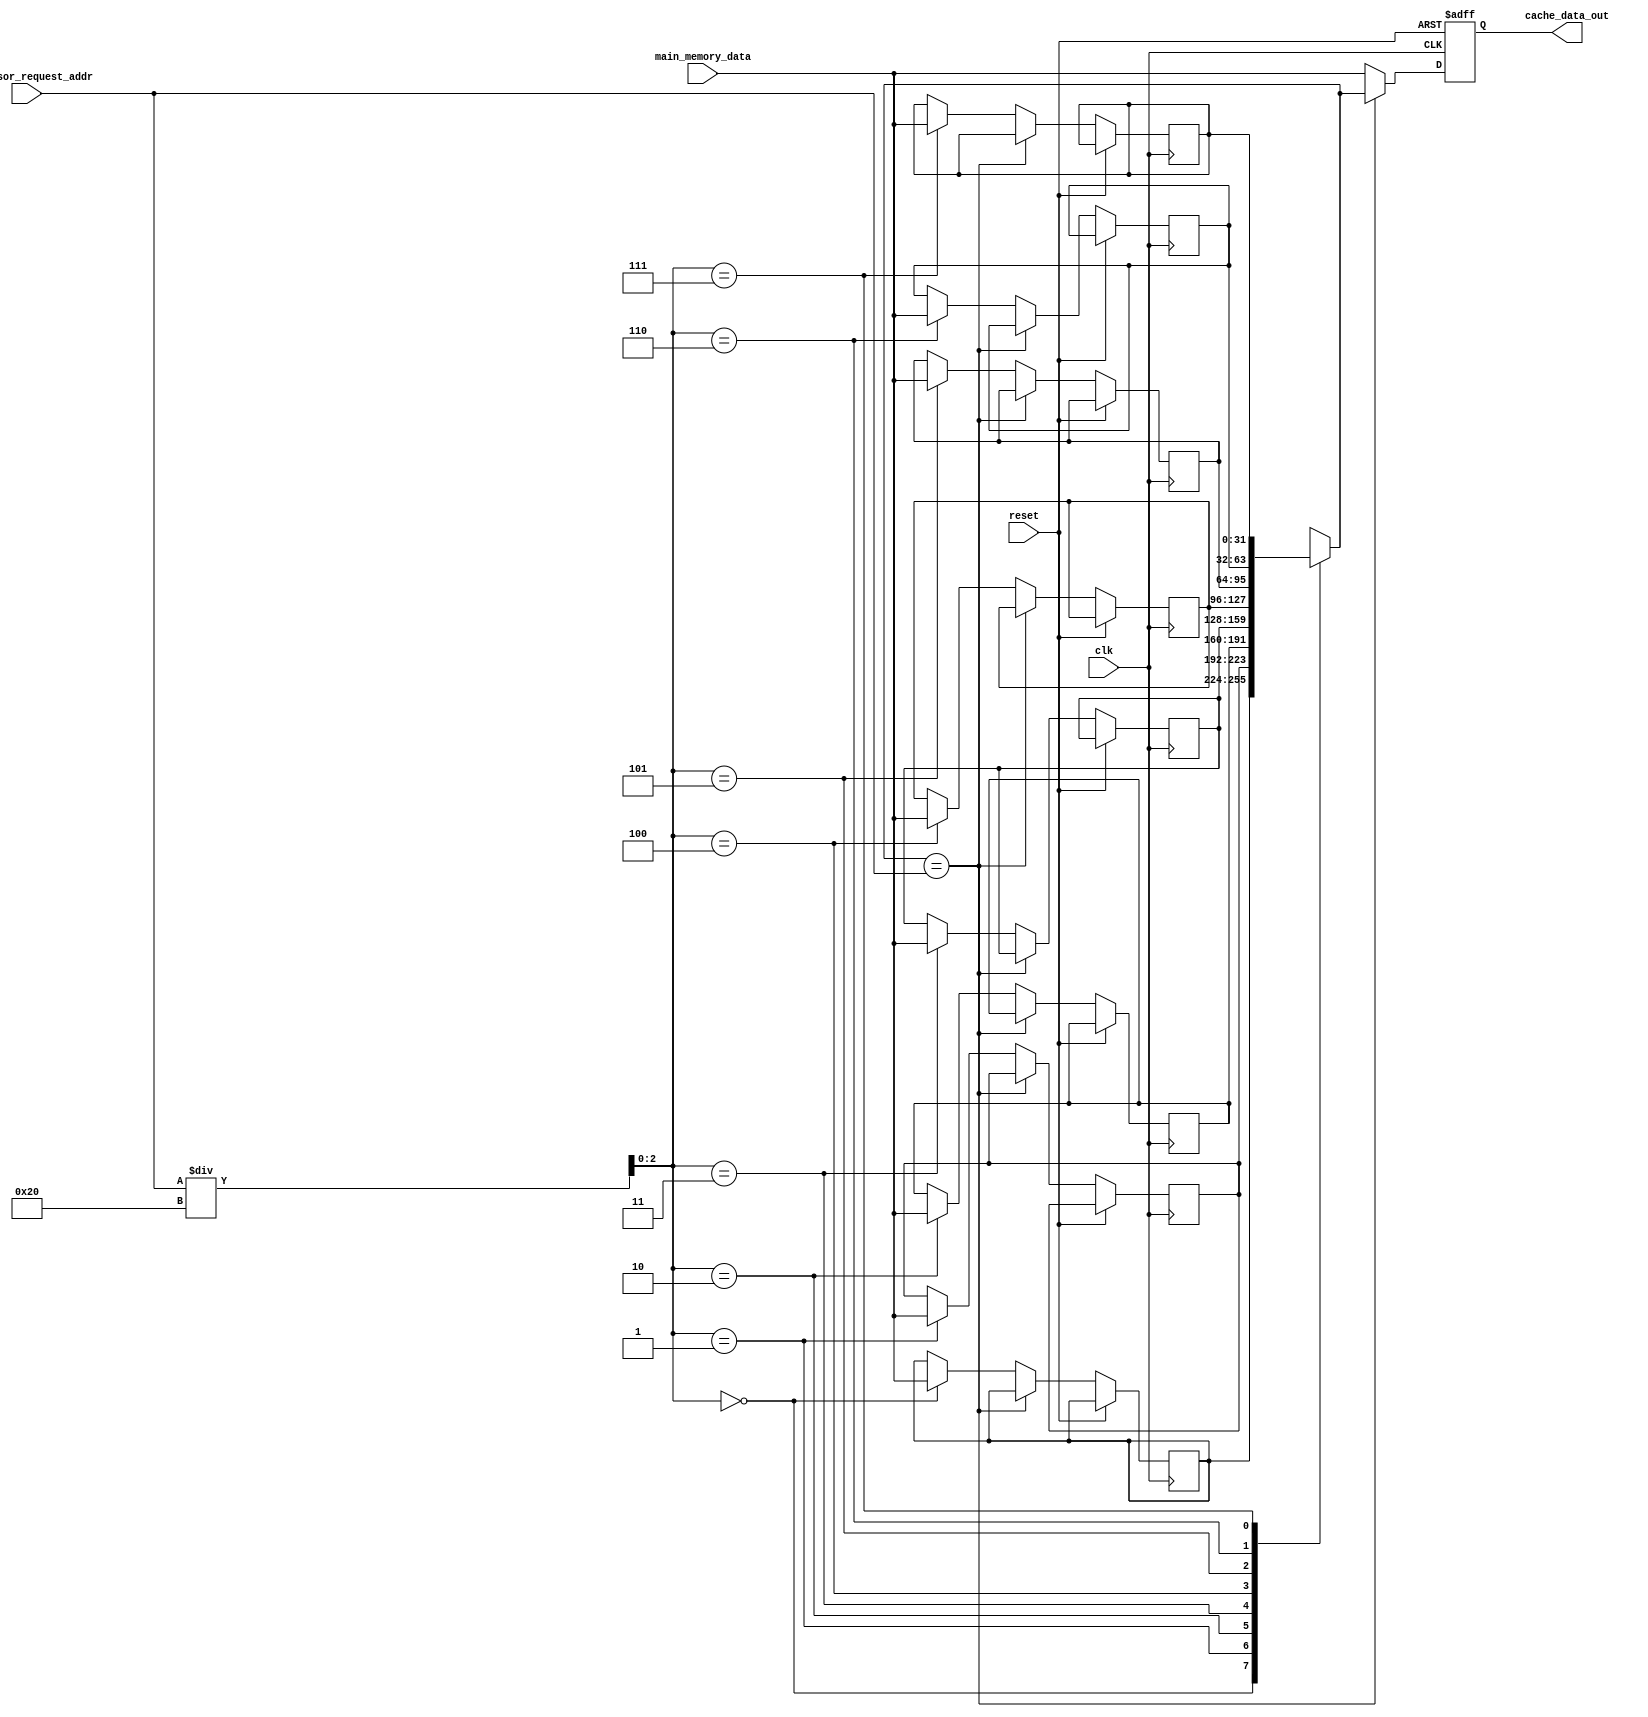
module cache_memory (
    input wire clk, // Clock signal
    input wire reset, // Reset signal
    
    input wire [31:0] processor_request_addr, // Address requested by the processor
    input wire [31:0] main_memory_data, // Data from main memory
    
    output reg [31:0] cache_data_out // Data provided to the processor
);

// Parameters
parameter CACHE_SIZE = 256; // Cache size in bytes
parameter BLOCK_SIZE = 32; // Block size in bytes

// Memory array for cache
reg [31:0] cache_memory [CACHE_SIZE/BLOCK_SIZE - 1:0];

// Control unit to manage cache operations
always @(posedge clk, posedge reset)
begin
    if (reset) begin
        cache_data_out <= 32'h00000000; // Initialize cache data out
    end else begin
        // Check if data is already present in the cache
        if (cache_memory[processor_request_addr / BLOCK_SIZE] == processor_request_addr) begin
            cache_data_out <= cache_memory[processor_request_addr / BLOCK_SIZE]; // Provide data directly to processor
        end else begin
            cache_data_out <= main_memory_data; // Retrieve data from main memory
            cache_memory[processor_request_addr / BLOCK_SIZE] <= main_memory_data; // Store a copy in cache for future use
        end
    end
end

endmodule